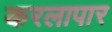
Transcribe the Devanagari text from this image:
करलापार